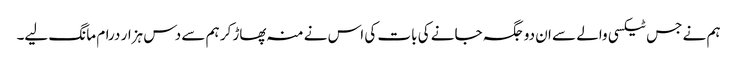
ہم نے جس ٹیکسی والے سے ان دو جگہ جانے کی بات کی اس نے منہ پھاڑ کر ہم سے دس ہزار درام مانگ لیے۔